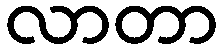
လာတာ